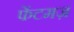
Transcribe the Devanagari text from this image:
फेंटमज़